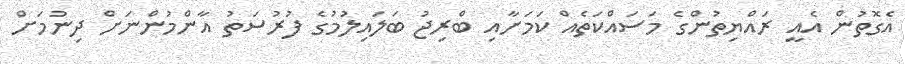
އެގޮތުން އެއީ ރައްޔިތުންގެ މަސައްކަތެއް ކަމަށާއި ބްރިޖު ބަލައިލުމުގެ ފުރުސަތު އާންމުންނަށް ދިނުމަށް